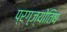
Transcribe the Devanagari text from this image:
प्रग्ज्योतिष